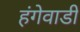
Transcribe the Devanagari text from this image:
हंगेवाडी